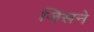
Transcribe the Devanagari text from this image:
जिंसने